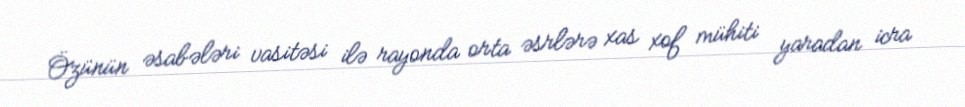
Özünün əsabələri vasitəsi ilə rayonda orta əsrlərə xas xof mühiti yaradan icra